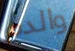
والدم